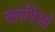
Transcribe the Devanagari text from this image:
चलचित्रमे